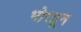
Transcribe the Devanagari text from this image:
भोरहून